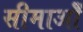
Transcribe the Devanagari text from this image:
सीमाओँ